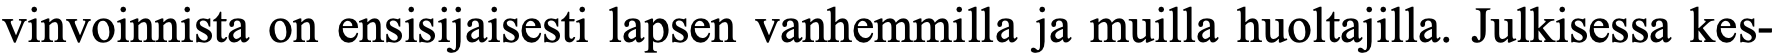
vinvoinnista on ensisijaisesti lapsen vanhemmilla ja muilla huoltajilla. Julkisessa kes-